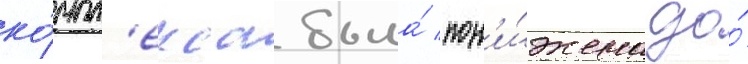
ко́мпл'екса была́ пон'и́жена до́